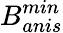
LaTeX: B_{anis}^{min}